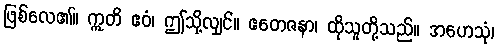
ဖြစ်လေ၏။ ဣတိ ဧဝံ၊ ဤသို့လျှင်။ ဧတေဇနာ၊ ထိုသူတို့သည်။ အဟေသုံ၊